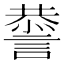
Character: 𧫃